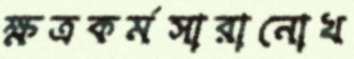
ক্ষত্রকর্মসারানোখ